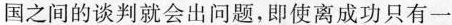
国之间的谈判就会出问题，即使离成功只有一